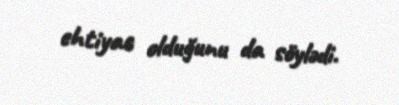
ehtiyac olduğunu da söylədi.